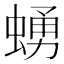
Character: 𧍛